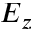
E _ { z }